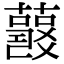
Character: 𧂘